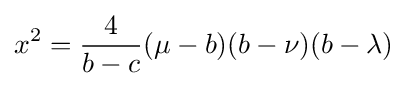
x^{2}={\frac {4}{b-c}}(\mu -b)(b-\nu )(b-\lambda )